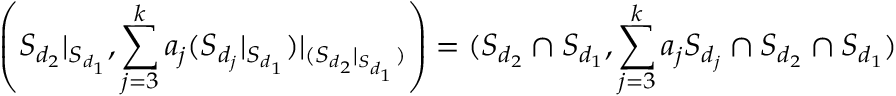
\left( { S _ { d _ { 2 } } } | _ { S _ { d _ { 1 } } } , \sum _ { j = 3 } ^ { k } a _ { j } { ( { S _ { d _ { j } } } | _ { S _ { d _ { 1 } } } ) } | _ { ( { S _ { d _ { 2 } } } | _ { S _ { d _ { 1 } } } ) } \right) = ( S _ { d _ { 2 } } \cap S _ { d _ { 1 } } , \sum _ { j = 3 } ^ { k } a _ { j } S _ { d _ { j } } \cap S _ { d _ { 2 } } \cap S _ { d _ { 1 } } )